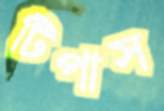
টিপাস